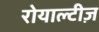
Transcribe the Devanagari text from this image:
रोयाल्टीज़